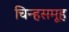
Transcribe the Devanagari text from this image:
चिन्हसमूह